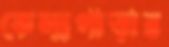
কেন্দ্রপাড়ার